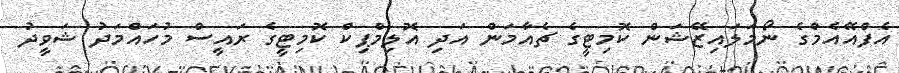
އެފްއޭއެމްގެ ނޯމަލައިޒޭޝަން ކޮމިޓީގެ ޗެއާމަން އަދި އޮލިމްޕިކް ކޮމިޓީގެ ރައީސް މުހައްމަދު ޝަވީދު